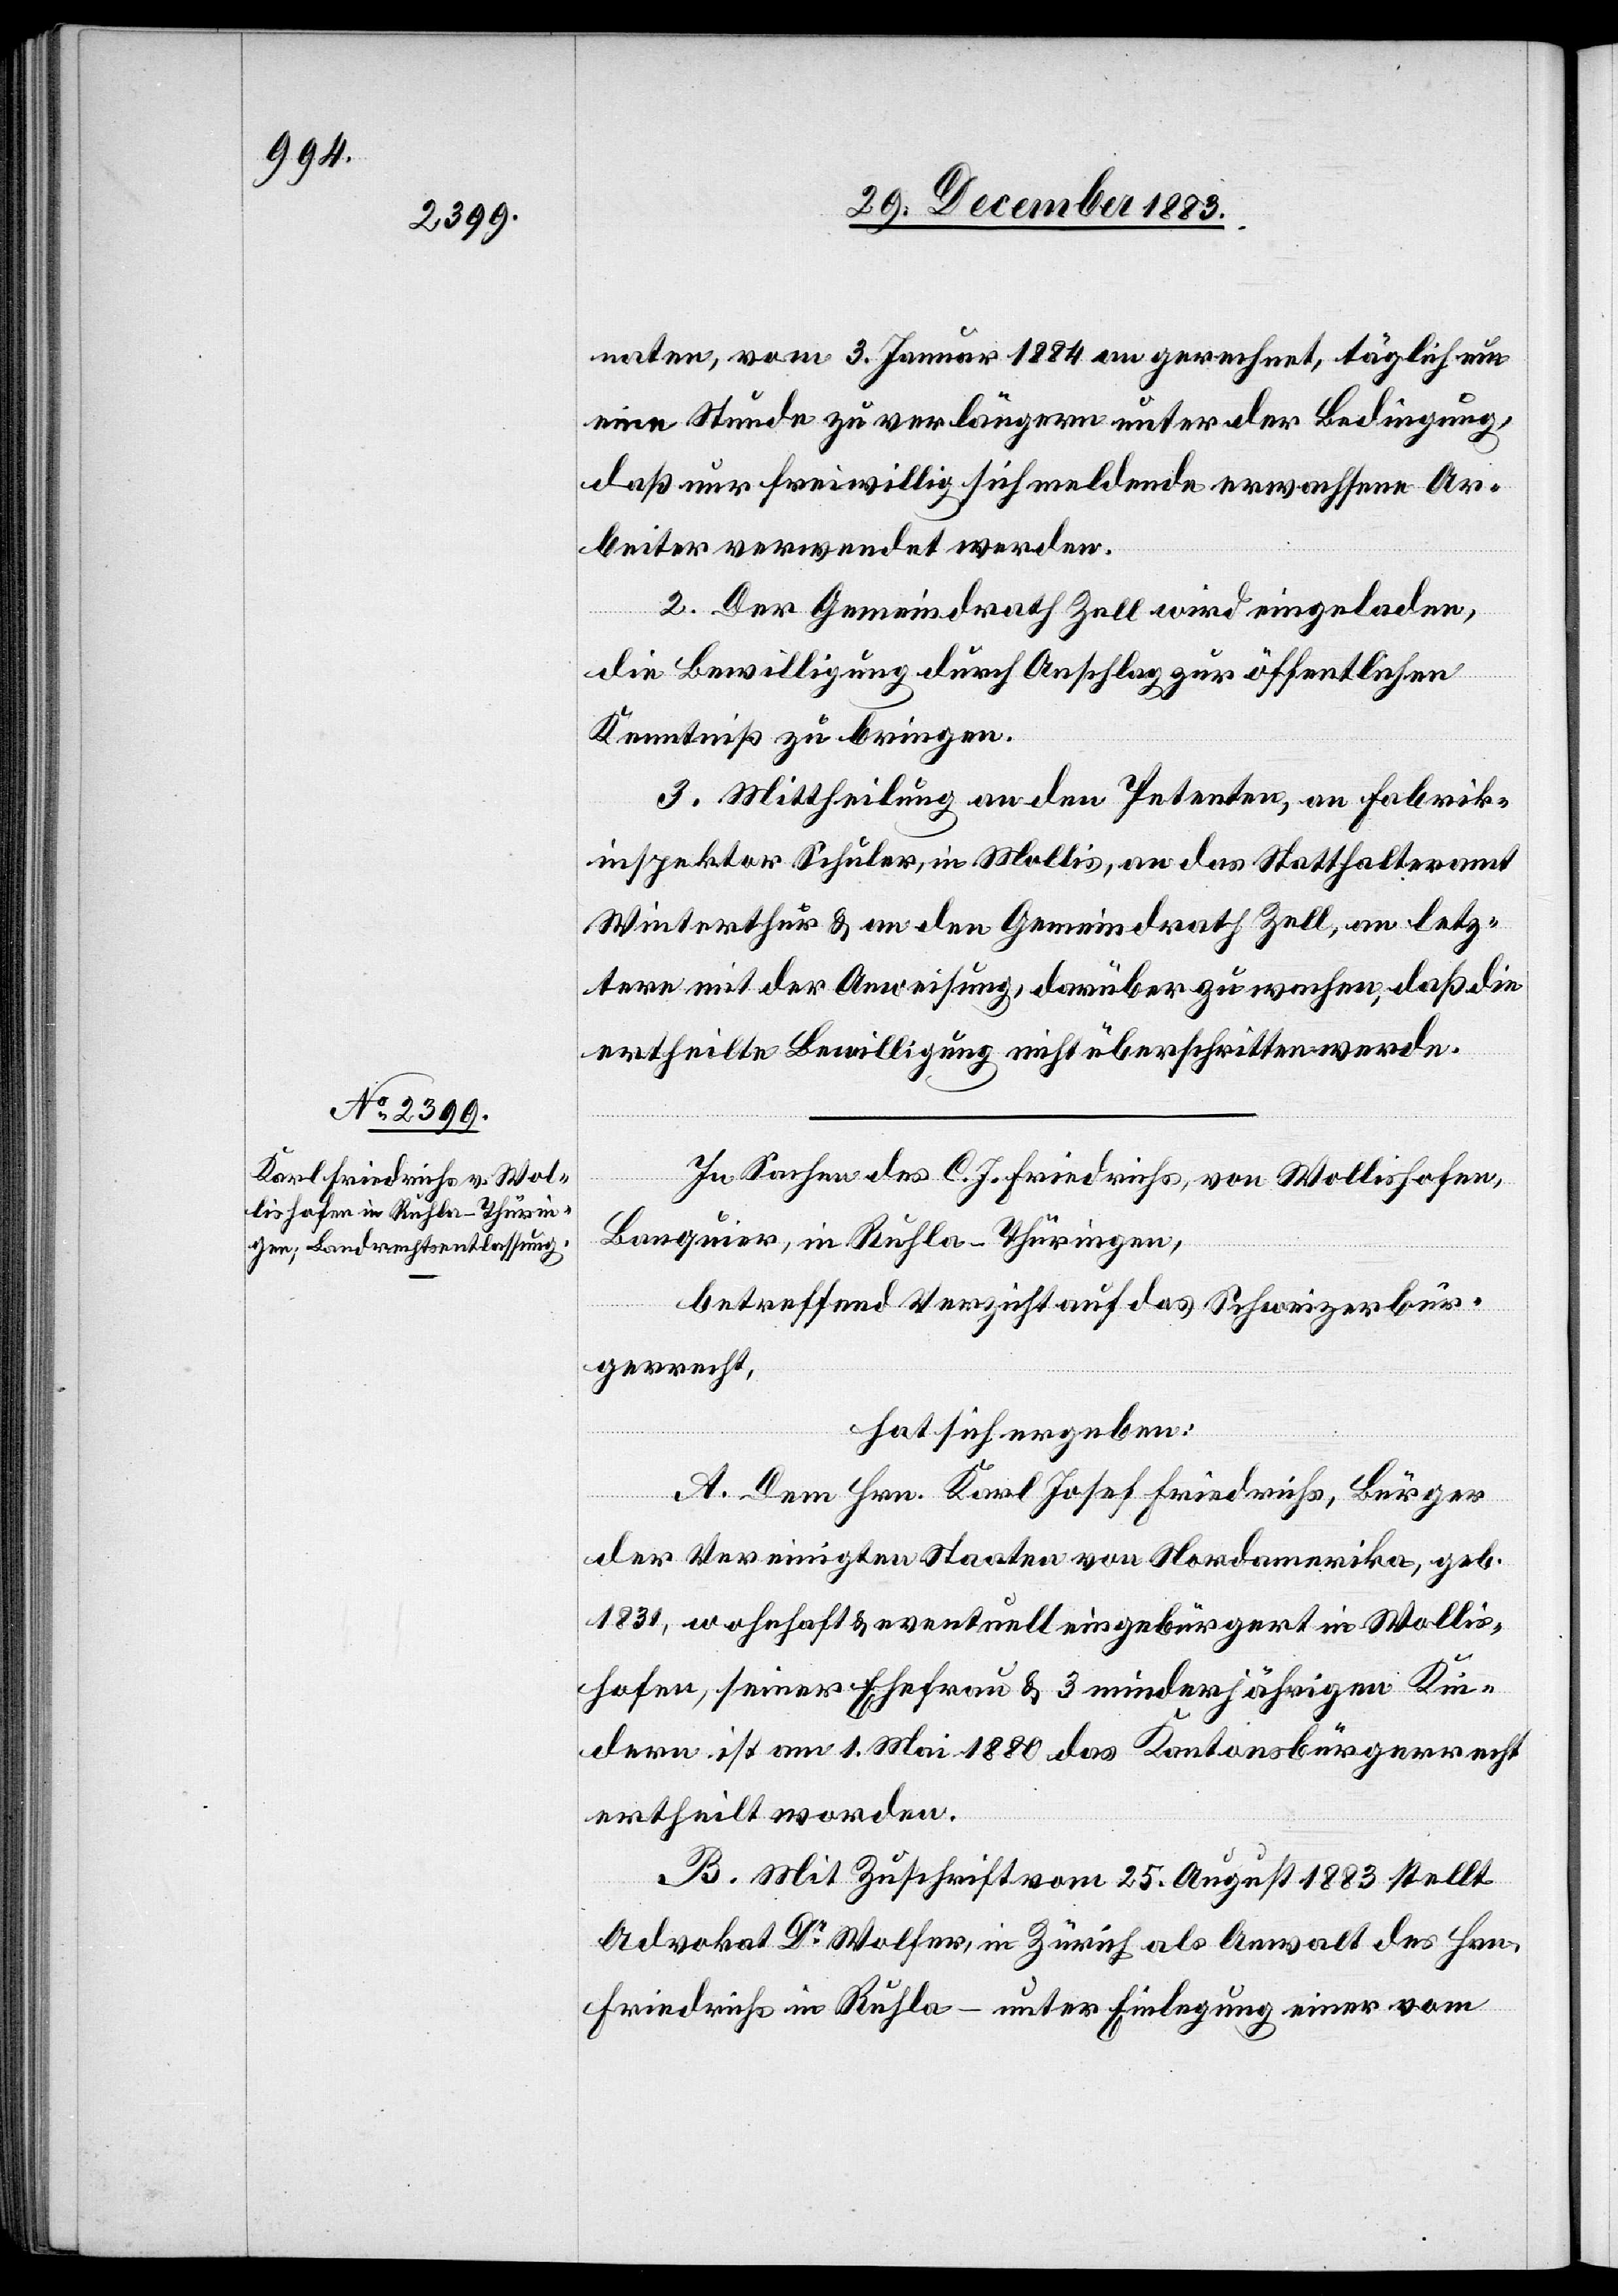
naten, vom 3. Januar 1884 an gerechnet, täglich um
eine Stunde zu verlängern unter der Bedingung,
daß nur freiwillig sich meldende erwachsene Ar¬
beiter verwendet werden.
2. Der Gemeindrath Zell wird eingeladen,
die Bewilligung durch Anschlag zur öffentlichen
Kenntniß zu bringen.
3. Mittheilung an den Petenten, an Fabrik¬
inspektor Schuler, in Mollis, an das Statthalteramt
Winterthur & an den Gemeindrath Zell, an letz¬
tere mit der Anweisung darüber zu wachen, daß die
ertheilte Bewilligung nicht überschritten werde.
In Sachen des C. J. Friedrichs, von Wollishofen,
Banquier, in Ruhla - Thüringen,
betreffend Verzicht auf das Schweizerbür¬
gerrecht,
hat sich ergeben:
A. Dem Hrn. Karl Josef Friedrichs, Bürger
der Vereinigten Staaten von Nordamerika, geb.
1831, wohnhaft & eventuell eingebürgert in Wollis¬
hofen, seiner Ehefrau & 3 minderjährigen Kin¬
dern ist am 1. Mai 1880 das Kantonsbürgerrecht
ertheilt worden.
B. Mit Zuschrift vom 25. August 1883 stellt
Advokat Dr Wolfer, in Zürich als Anwalt des Hrn.
Friedrichs in Ruhla – unter Einlegung einer vom